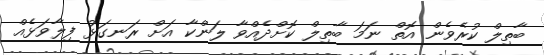
ބާތިލް ކުރެވެން އޮތް ނަމަ ބާތިލް ކޮށްދެއްވާ ލަންކާ އަށް ރަނގަޅު ފިލާވަޅެއް